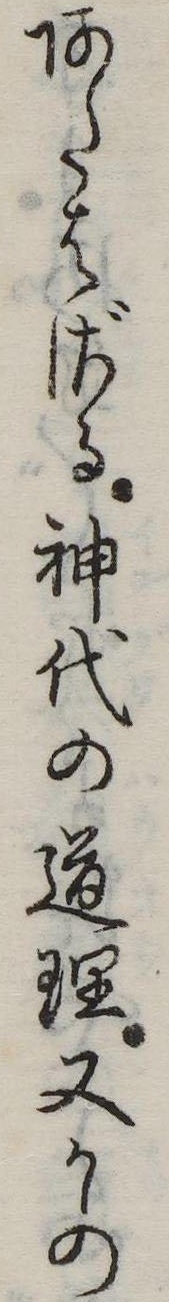
あたはざる神代の道理又かの